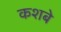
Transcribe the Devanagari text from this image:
कशबे